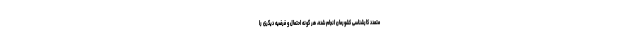
متعدد کارشناسی کشورمان انجام شده، هر گونه احتمال و فرضیه دیگری را